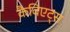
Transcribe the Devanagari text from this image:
कैविएट्स